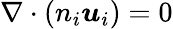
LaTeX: \nabla\cdot(n_{i}\boldsymbol{u}_{i})=0